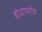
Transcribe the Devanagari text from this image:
बोधायनीय